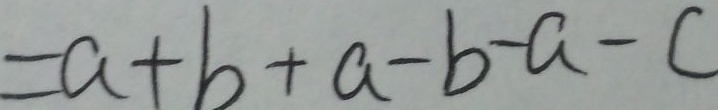
= a + b + a - b - a - c